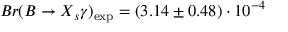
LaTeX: B r ( B \to X _ { s } \gamma ) _ { \mathrm { e x p } } = ( 3 . 1 4 \pm 0 . 4 8 ) \cdot 1 0 ^ { - 4 }